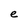
Character: e